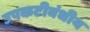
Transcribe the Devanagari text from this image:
उपकटीबंधीय